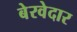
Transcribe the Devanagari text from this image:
बेरवेदार